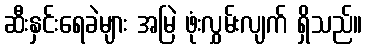
ဆီးနှင်းရေခဲများ အမြဲ ဖုံးလွှမ်းလျက် ရှိသည်။